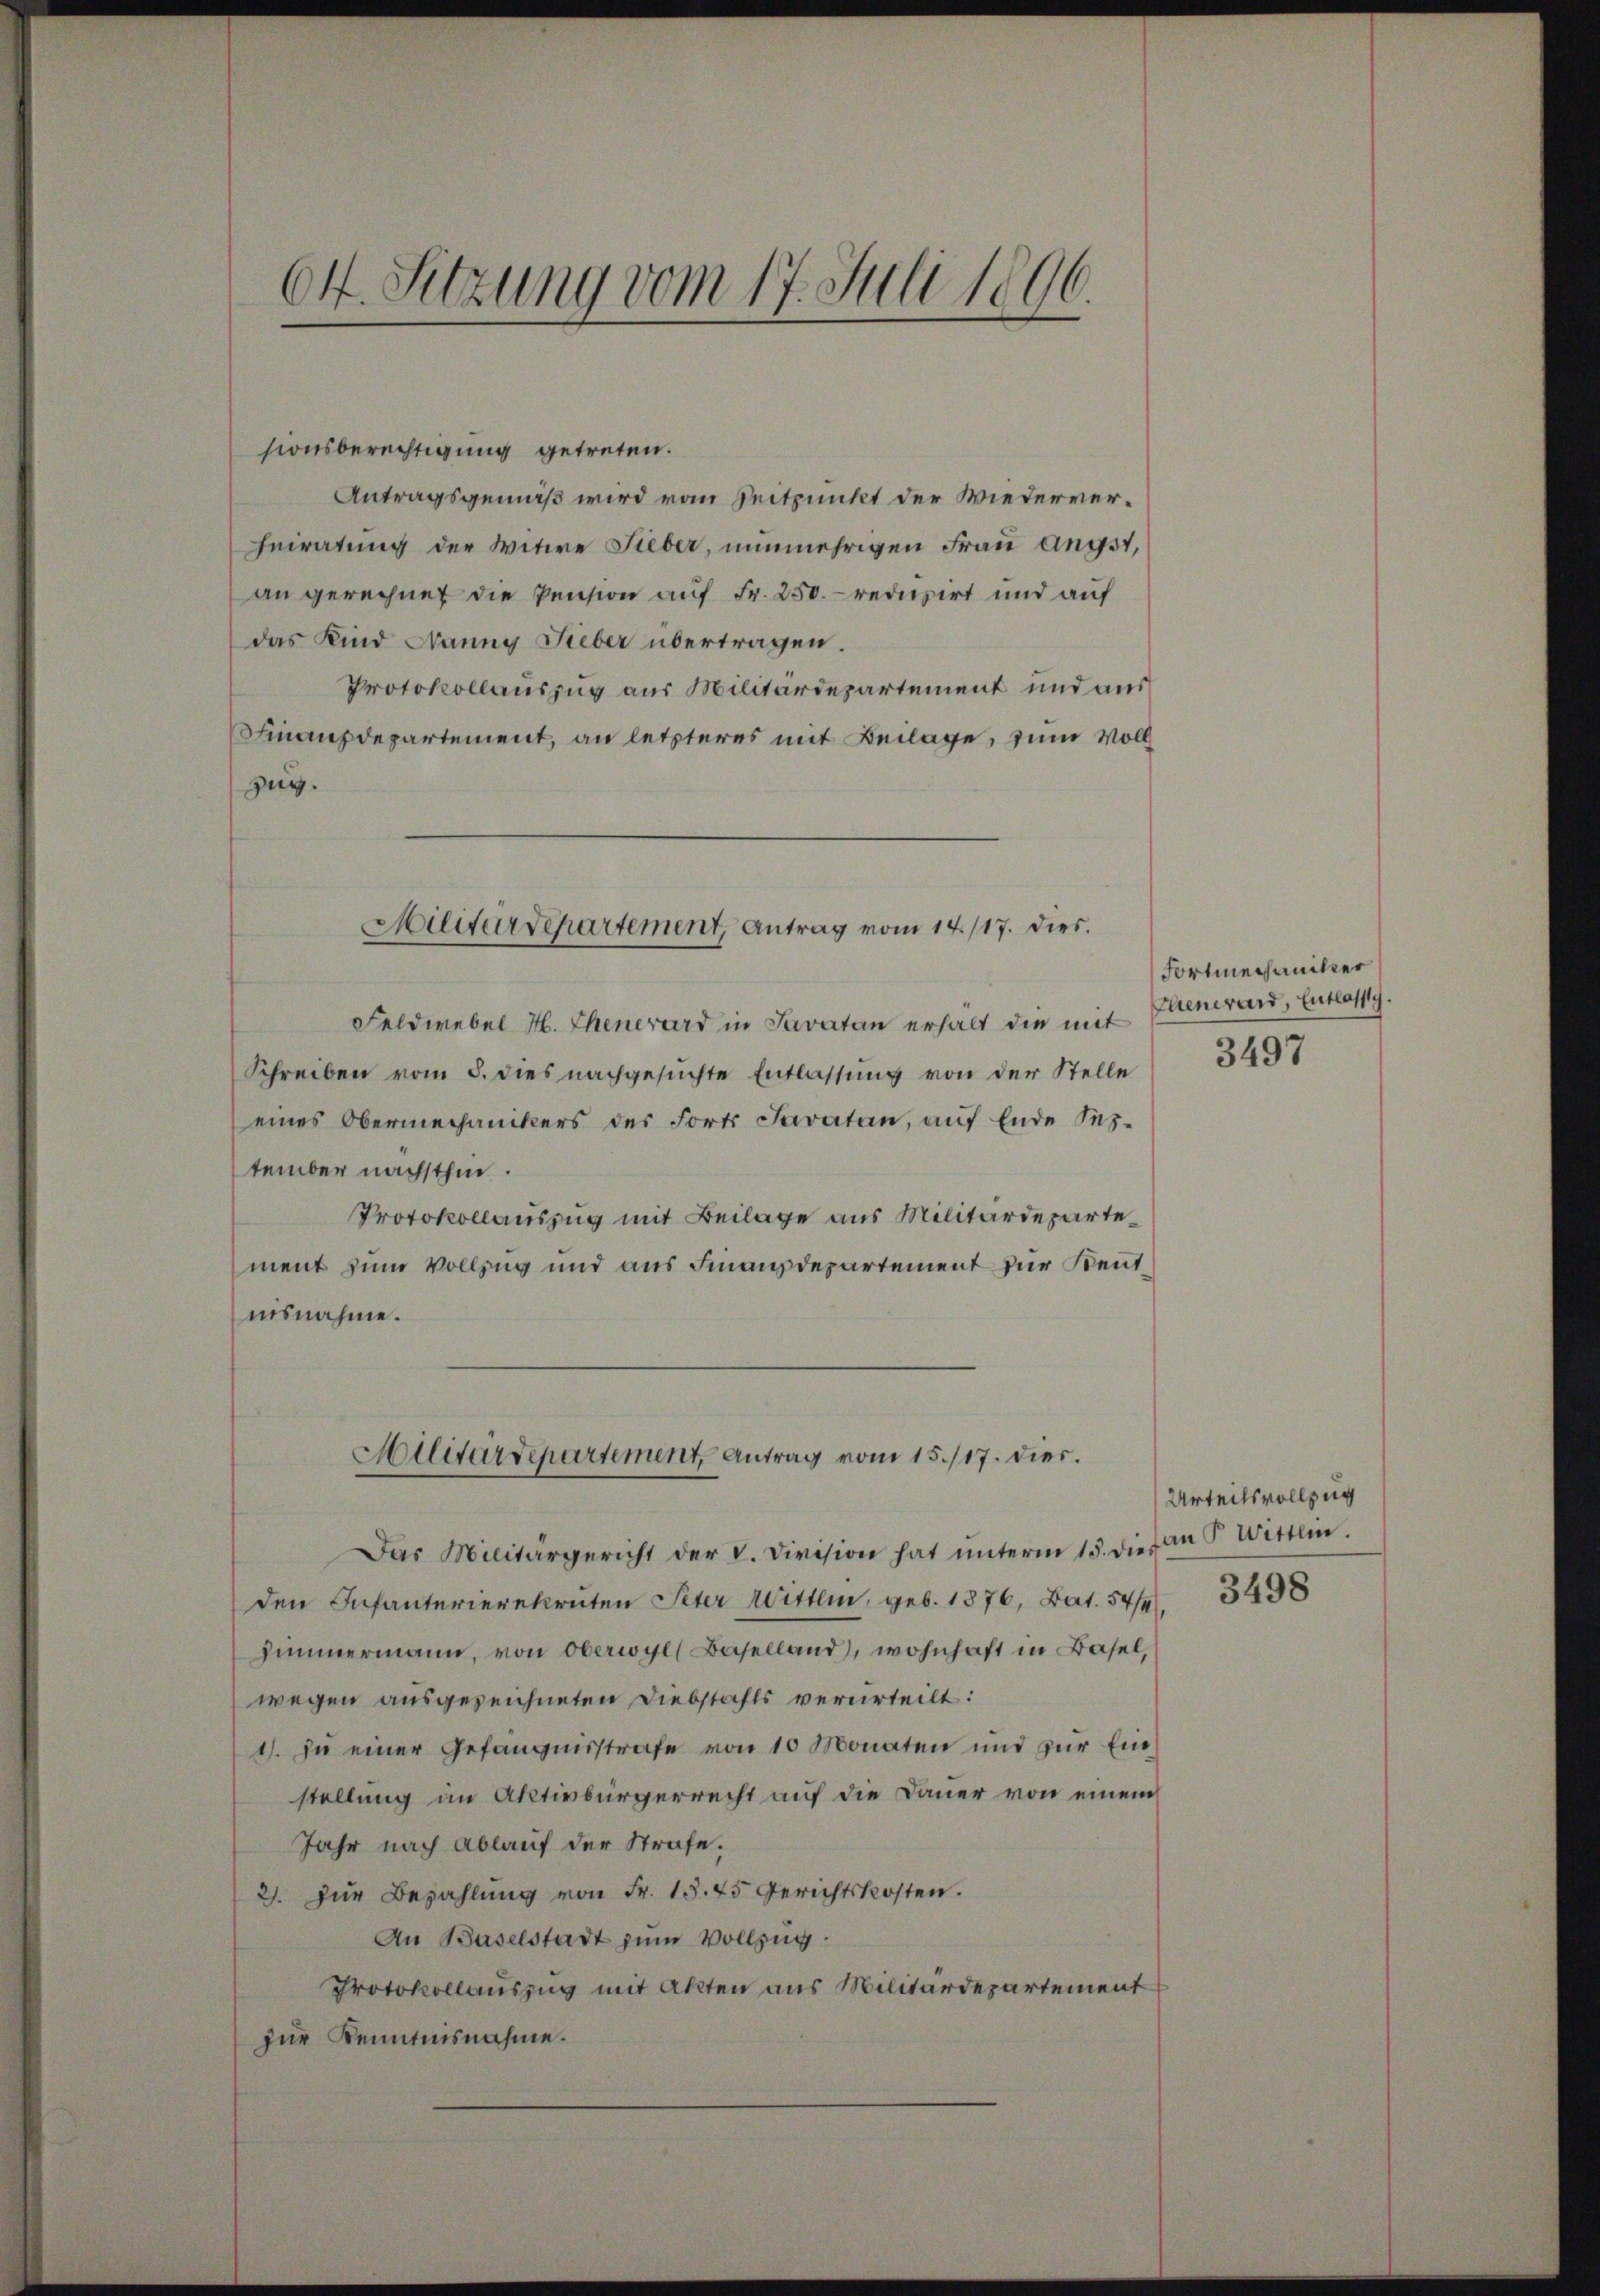
64. Sitzung vom 17. Juli 1806.

sionsberechtigung getreten.
Antragsgemäß wird von Zeitpunkt der Wiederverheiratung der Witwe Lieber, nunmehrigen Frau Angst,
an gerechnet die Pension auf Fr. 250. reduzirt und auf
das Kind Nanny Lieber übertragen.
Protokollauszug aus Militärdepartement und aus
Finanzdepartement, an letzteres mit Beilage, zum Voll¬
Zug.
Feldwebel H. Ehenerard in Savatan erhalt die mit
Schreiben vom 5. dies nachgesuchte Entlassung von der Stelle
eines Obermechanikers des Forts Paratan, aŭf Ende Ses-
tember nächsthin.
Protokollauszug mit Beilage aus Militärdepartement zum Vollzug und aus Finanzdepartement zur Kenntusnahme.
Aallitärdepartement Antrag vom 15./17. dies.
Das Militärgericht der V. Division hat ŭnterm 15. dies
den Infanterierekruten Peter Wittlin, geb. 1876, Bat. 544,
Zimmermann, von Oberwyl (Baselland), wohnhaft in Basel,
wegen ausgezeichneten Diebstahls verurteilt:
1. In einer Gefängnisstrafe von 10 Monaten und zur Einstellung im Aktivbürgerrecht auf die Dauer von einem
Jahr nach Ablauf der Strafe.
2). Zur Bezahlung von Fr. 18. 75 Gerichtskosten.
An Baselstadt zum Vollzug.
Protokollauszug mit Akten aus Militärdepartement
zur Kenntnisnahme.

Militärdepartement, Antrag vom 14./17. dies.

Fortmechaniker
Chenerard, Entlassig.
3497

Urteilsvollzug
an P. Wittlen.
3498